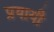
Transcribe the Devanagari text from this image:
प्रयायी